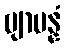
ဗျာပန္နံ